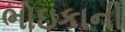
ભોઇકાની